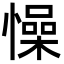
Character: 懆